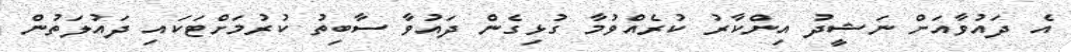
އެ ދައުވާއަށް ނަޝީދު އިންކާރު ކުރެއްވުމާ ގުޅިގެން ދައުވާ ސާބިތު ކުރުމަށްޓަކައި ދައުލަތުން